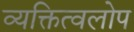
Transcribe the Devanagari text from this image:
व्यक्तित्वलोप